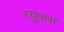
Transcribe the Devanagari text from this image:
रयुफस